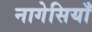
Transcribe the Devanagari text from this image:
नागेसियाँ